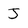
Character: J